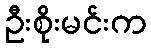
ဦးစိုးမင်းက